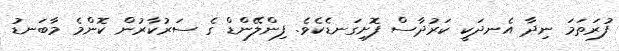
ފުރަތަމަ ނިދާ އެނދަކީ ކަރުދާސް ފޮށިގަނޑެކެވެ. ފިންލޭންޑް ގެ ސަރުކާރުން ކޮންމެ މާބަނޑު